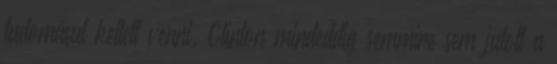
tudomásul kellett venni. Clinton mindeddig semmire sem jutott a